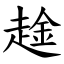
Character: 趛